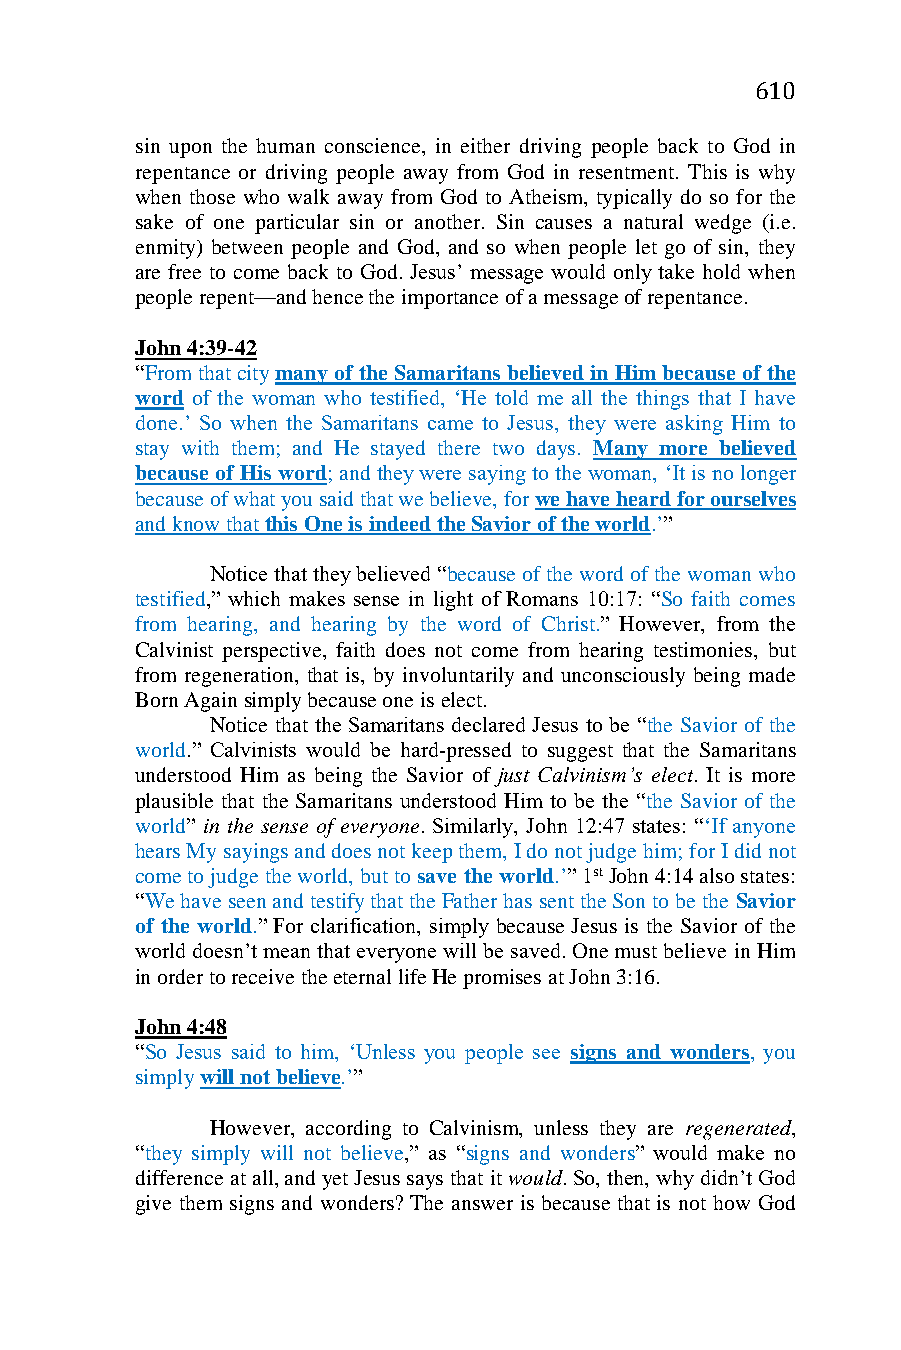
610
 sin upon the human conscience, in either driving people back to God in
 repentance or driving people away from God in resentment. This is why
 when those who walk away from God to Atheism, typically do so for the
 sake of one particular sin or another. Sin causes a natural wedge (i.e.
 enmity) between people and God, and so when people let go of sin, they
 are free to come back to God. Jesus’ message would only take hold when
 people repent—and hence the importance of a message of repentance.
 John 4:39-42
 “From that city many of the Samaritans believed in Him because of the
 word of the woman who testified, ‘He told me all the things that I have
 done.’ So when the Samaritans came to Jesus, they were asking Him to
 stay with them; and He stayed there two days. Many more believed
 because of His word; and they were saying to the woman, ‘It is no longer
 because of what you said that we believe, for we have heard for ourselves
 and know that this One is indeed the Savior of the world.’”
 Notice that they believed “because of the word of the woman who
 testified,” which makes sense in light of Romans 10:17: “So faith comes
 from hearing, and hearing by the word of Christ.” However, from the
 Calvinist perspective, faith does not come from hearing testimonies, but
 from regeneration, that is, by involuntarily and unconsciously being made
 Born Again simply because one is elect.
 Notice that the Samaritans declared Jesus to be “the Savior of the
 world.” Calvinists would be hard-pressed to suggest that the Samaritans
 understood Him as being the Savior of just Calvinism’s elect. It is more
 plausible that the Samaritans understood Him to be the “the Savior of the
 world” in the sense of everyone. Similarly, John 12:47 states: “‘If anyone
 hears My sayings and does not keep them, I do not judge him; for I did not
 come to judge the world, but to save the world.’” 1st John 4:14 also states:
 “We have seen and testify that the Father has sent the Son to be the Savior
 of the world.” For clarification, simply because Jesus is the Savior of the
 world doesn’t mean that everyone will be saved. One must believe in Him
 in order to receive the eternal life He promises at John 3:16.
 John 4:48
 “So Jesus said to him, ‘Unless you people see signs and wonders, you
 simply will not believe.’”
 However, according to Calvinism, unless they are regenerated,
 “they simply will not believe,” as “signs and wonders” would make no
 difference at all, and yet Jesus says that it would. So, then, why didn’t God
 give them signs and wonders? The answer is because that is not how God